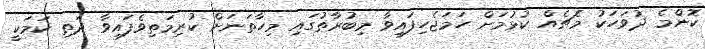
ކޮންމެ ދުވަހަކު މެޗެއް ކުޅުމަށް ހަމަޖެހިފައިވާ މިބުރާތުގައި މިހާތަނަށް ކުރިމަތިވެފައިވާ ދަތި ކަމަކީ